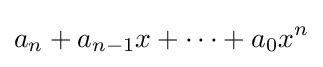
a_{n}+a_{n-1}x+\cdots +a_{0}x^{n}